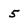
Character: 5